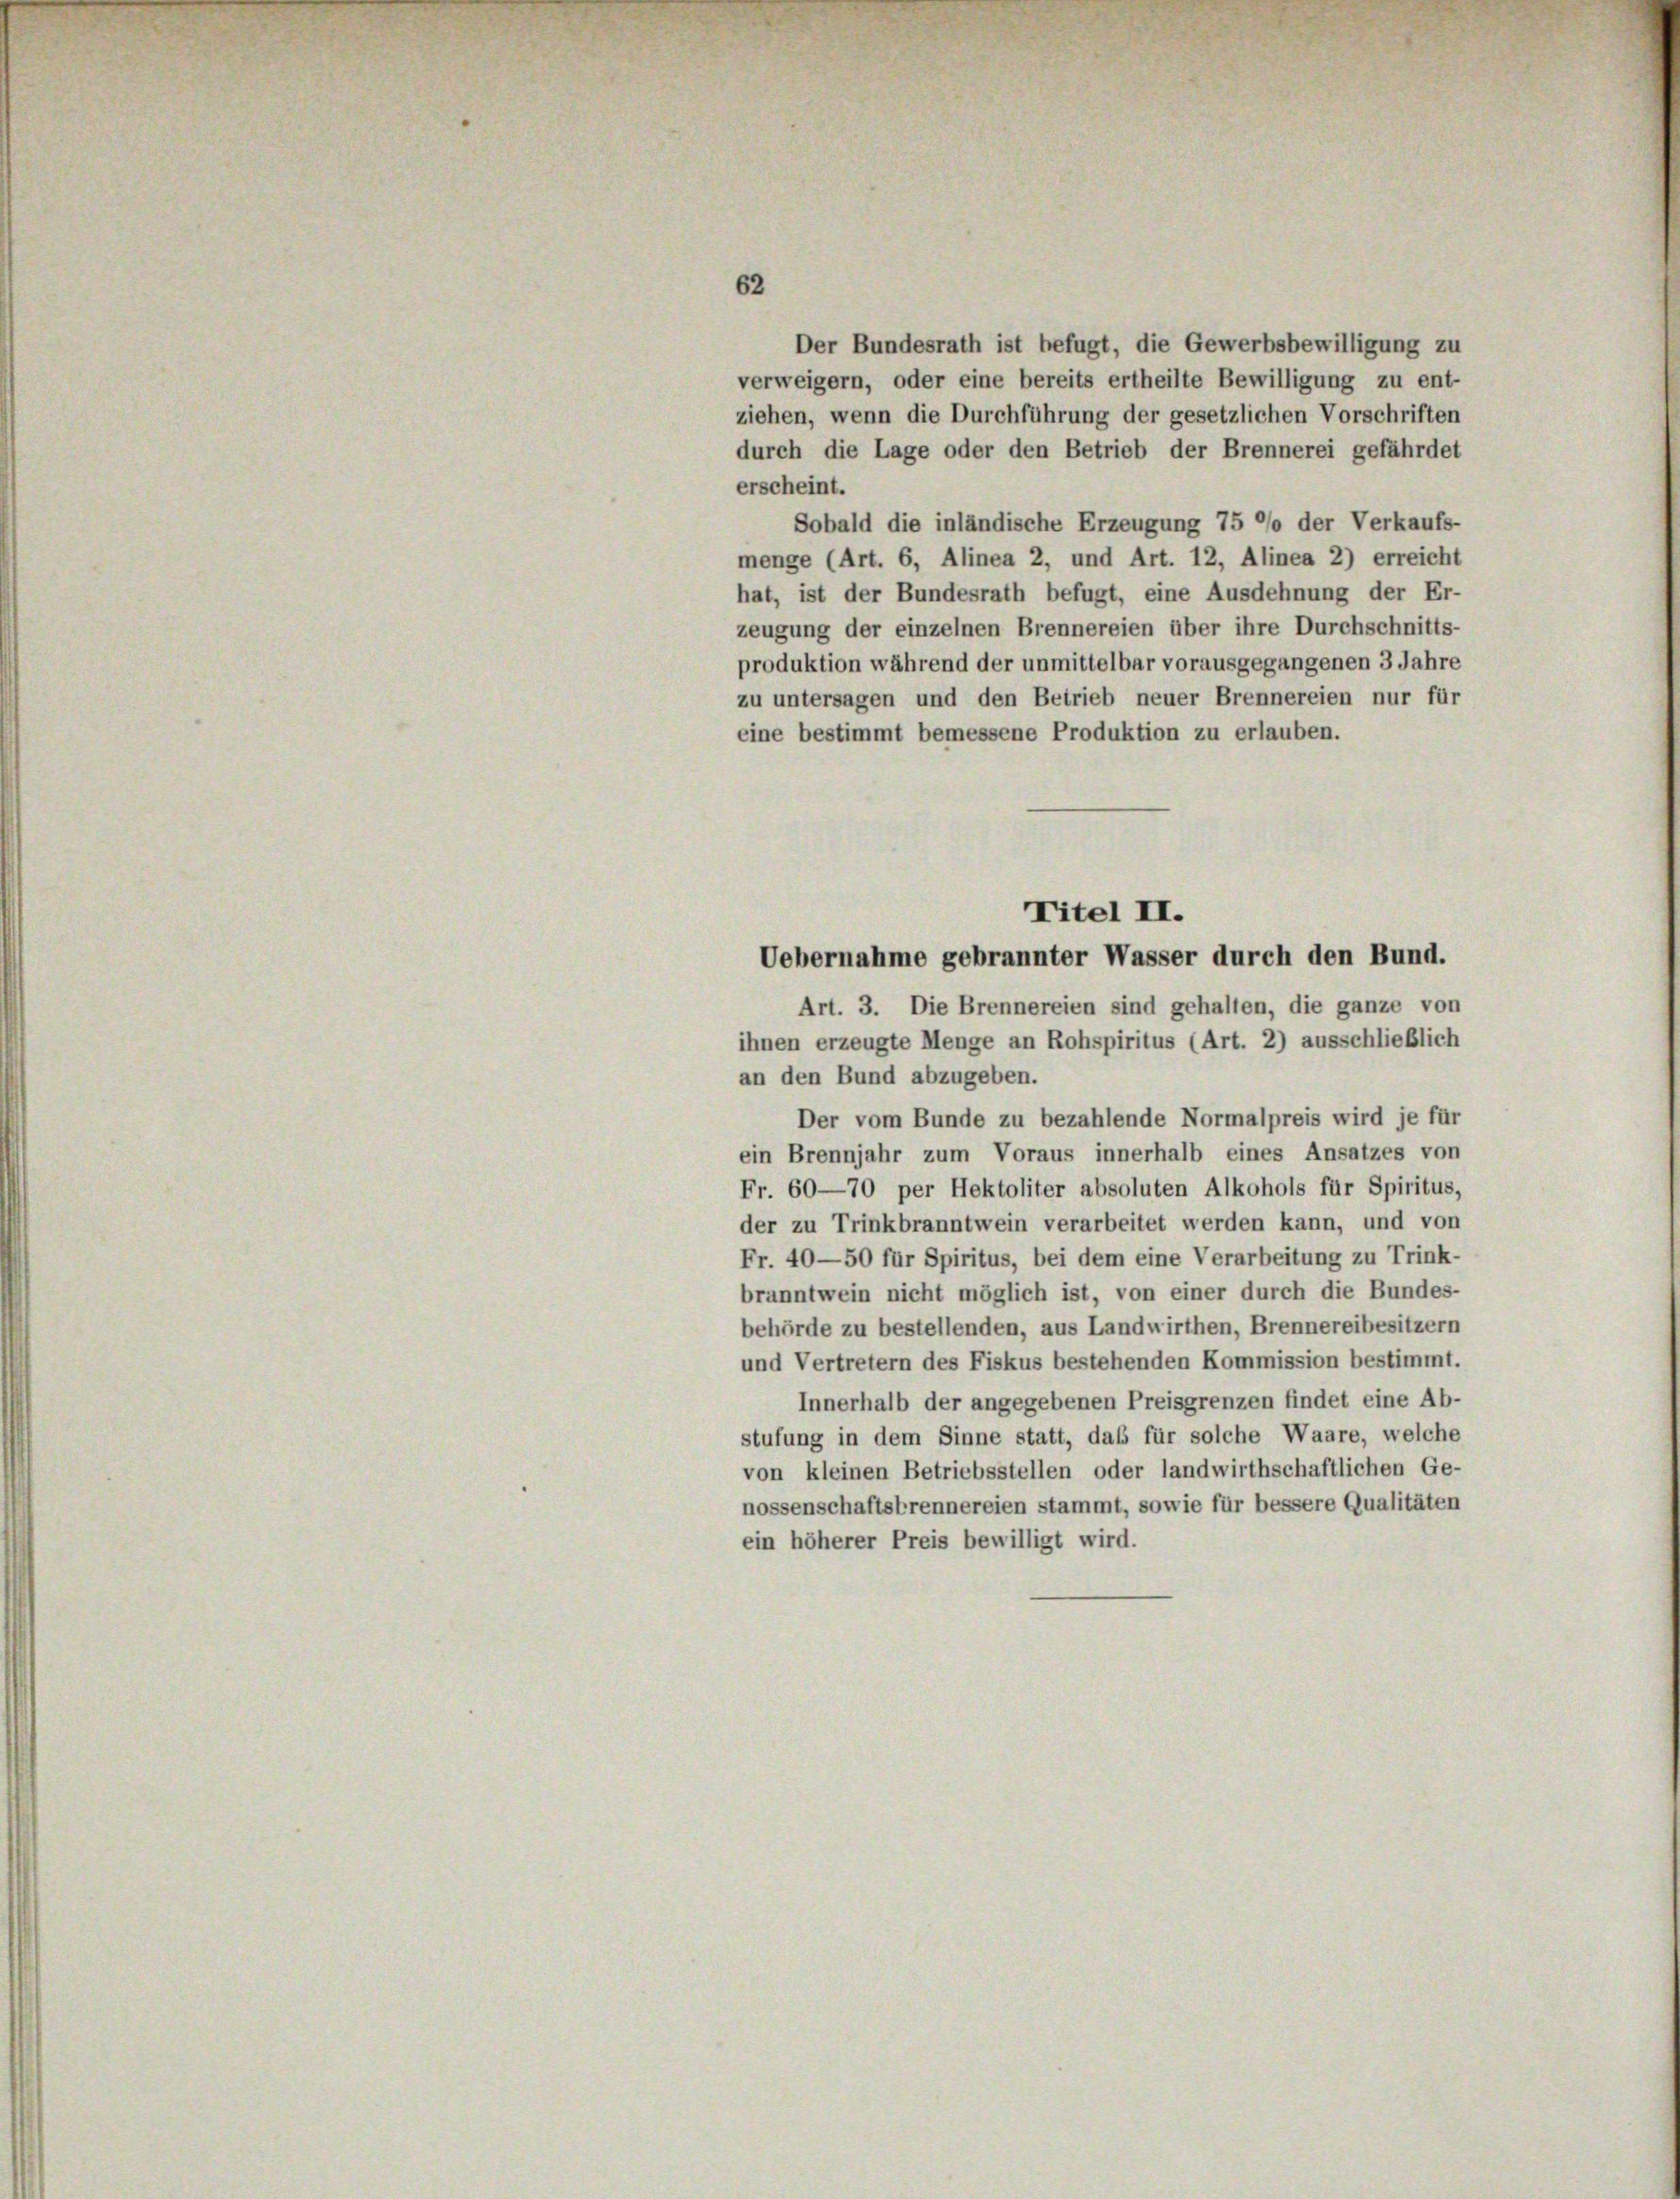
Der Bundesrath ist befugt, die Gewerbsbewilligung zu
verweigern, oder eine bereits ertheilte Bewilligung zu ent-
ziehen, wenn die Durchführung der gesetzlichen Vorschriften
durch die Lage oder den Betrieb der Brennerei gefährdet
erscheint.
Sobald die inländische Erzeugung 75 °/o der Verkaufs-
menge (Art. 6, Alinea 2, und Art. 12, Alinea 2) erreicht
hat, ist der Bundesrath befugt, eine Ausdehnung der Er-
zeugung der einzelnen Brennereien über ihre Durchschnitts-
produktion während der unmittelbar vorausgegangenen 3 Jahre
zu untersagen und den Betrieb neuer Brennereien nur für
eine bestimmt bemessene Produktion zu erlauben.
Art. 3. Die Brennereien sind gehalten, die ganze von
ihnen erzeugte Menge an Rohspiritus (Art. 2) ausschließlich
an den Bund abzugeben.
Der vom Bunde zu bezahlende Normalpreis wird je für
ein Brennjahr zum Voraus innerhalb eines Ansatzes von
Fr. 60—70 per Hektoliter absoluten Alkohols für Spiritus,
der zu Trinkbranntwein verarbeitet werden kann, und von
Fr. 40—50 für Spiritus, bei dem eine Verarbeitung zu Trink-
branntwein nicht möglich ist, von einer durch die Bundes-
behörde zu bestellenden, aus Landwirthen, Brennereibesitzern
und Vertretern des Fiskus bestehenden Kommission bestimmt.
Innerhalb der angegebenen Preisgrenzen findet eine Ab-
stufung in dem Sinne statt, das für solche Waare, welche
von kleinen Betriebsstellen oder landwirthschaftlichen Ge-
nossenschaftsbrennereien stammt, sowie für bessere Qualitäten
ein höherer Preis bewilligt wird.

62

Titel II.
Uebernahme gebrannter Wasser durch den Bund.